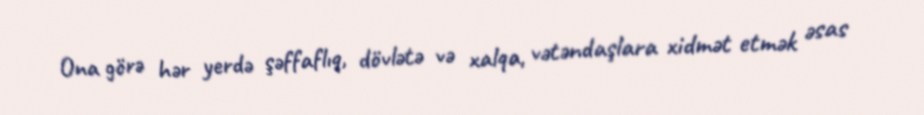
Ona görə hər yerdə şəffaflıq, dövlətə və xalqa, vətəndaşlara xidmət etmək əsas